画像に写った文字を読んでください
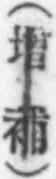
「(增補)」と書いてあります